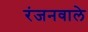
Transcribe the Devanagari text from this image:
रंजनवाले